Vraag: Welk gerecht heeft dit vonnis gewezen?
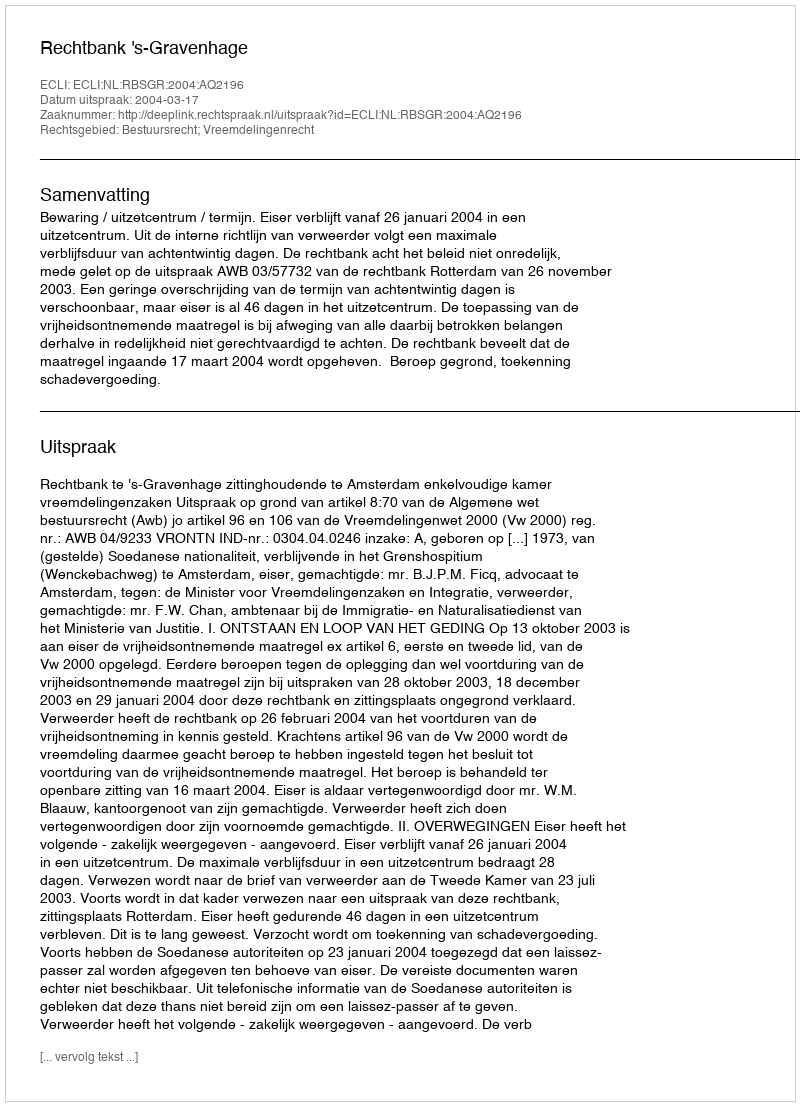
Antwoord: Rechtbank 's-Gravenhage